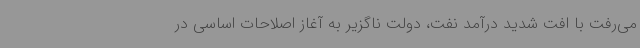
می‌رفت با افت شدید درآمد نفت، دولت ناگزیر به آغاز اصلاحات اساسی در